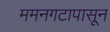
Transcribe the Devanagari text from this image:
ममनगटापासून